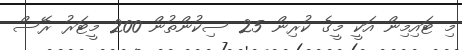
މި ޓައިމިން އަކީ މީގެ ކުރިން 25 ސިކުންތުން 200 މީޓަރު ރޭސް